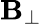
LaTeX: \mathbf{B}_{\perp}